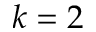
k = 2